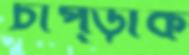
চাপ্‌ড়াক